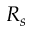
R _ { s }